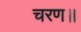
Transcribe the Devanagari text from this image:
चरण॥